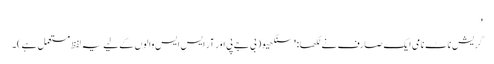
'
گریش ناٹ نامی ایک صارف نے لکھا: 'سنگھیو (بی جے پی اور آر ایس ایس والوں کے لیے یہ لفظ مستعمل ہے)۔